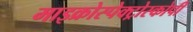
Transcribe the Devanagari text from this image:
माइक्रोस्पेक्ट्रोस्कोपी